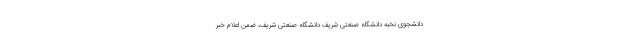
دانشجوی نخبه دانشگاه صنعتی شریف دانشگاه صنعتی شریف، ضمن اعلام خبر